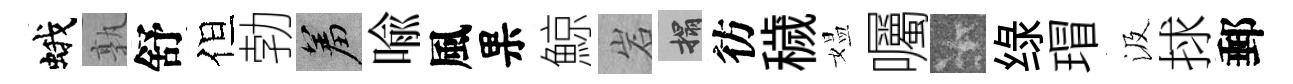
蛾孰舒但勃羞喩風果鯨岩搨彷穢媪囑卡绿瑁汲捄郵